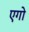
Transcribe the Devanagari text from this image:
एगो